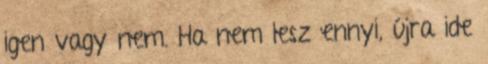
igen vagy nem. Ha nem lesz ennyi, újra ide